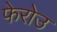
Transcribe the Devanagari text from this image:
फेरोउ